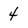
Character: 4